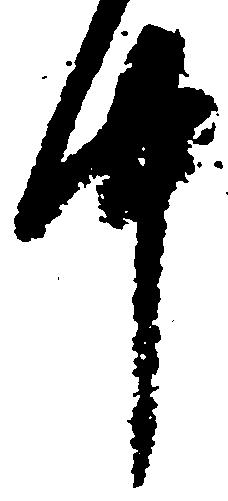
中